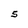
Character: S